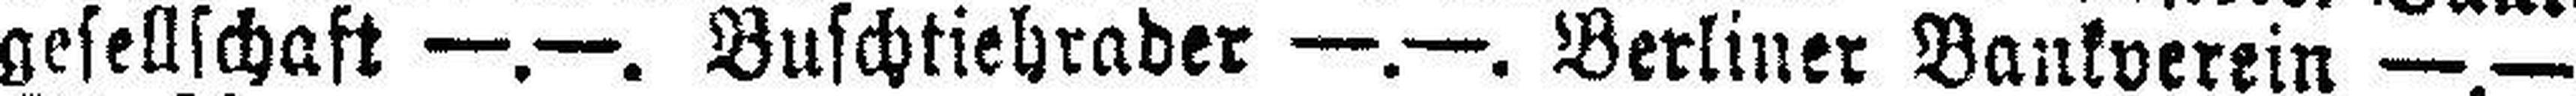
gesellschaft —.—. Buschtiehrader —.—. Berliner Bankverein —.—.